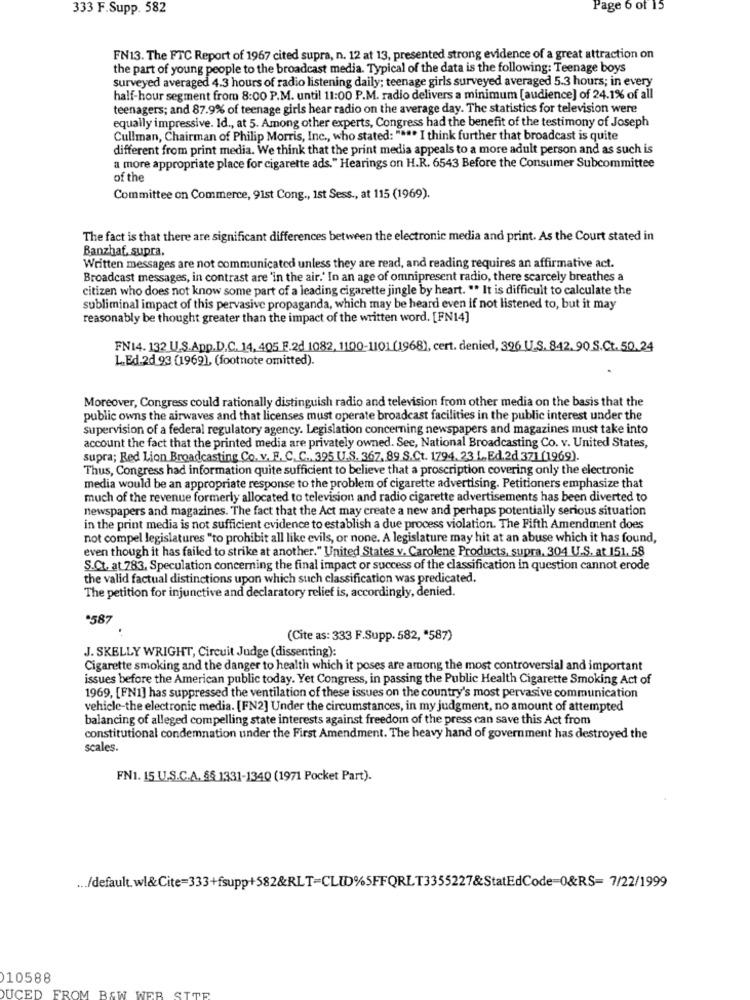
333 F.Supp. 582
Page 6 of 15
FN13. The FTC Report of 1967 cited supra, n. 12 at 13, presented strong evidence of a great attraction on
the part of young people to the broadcast media. Typical of the data is the following: Teenage boys
surveyed averaged 4.3 hours of radio listening daily; teenage girls surveyed averaged 5.3 hours; in every
half-hour segment from 8:00 P.M. until 11:00 P.M. radio delivers a minimum [audience] of 24.1% of all
teenagers; and 87.9% of teenage girls hear radio on the average day. The statistics for television were
equally impressive. Id ., at 5. Among other experts, Congress had the benefit of the testimony of Joseph
Cullman, Chairman of Philip Morris, Inc ., who stated: """. I think further that broadcast is quite
different from print media. We think that the print media appeals to a more adult person and as such is
a more appropriate place for cigarette ads." Hearings on H.R. 6543 Before the Consumer Subcommittee
of the
Committee on Commerce, 91st Cong ., Ist Sess ., at 115 (1969).
The fact is that there are significant differences between the electronic media and print. As the Court stated in
Banzhaf. supra.
Written messages are not communicated unless they are read, and reading requires an affirmative act.
Broadcast messages, in contrast are 'in the air.' In an age of omnipresent radio, there scarcely breathes a
citizen who does not know some part of a leading cigarette jingle by heart. "" It is difficult to calculate the
subliminal impact of this pervasive propaganda, which may be heard even if not listened to, but it may
reasonably be thought greater than the impact of the written word. [FN14]
FN14. 132 U.S.App.D.C. 14, 405 F.2d 1082, 1100-1101 (1968), cert. denied, 396 U.S. 842. 90 S.Ct. 50.24
L.Ed.2d 93 (1969), (footnote omitted).
Moreover, Congress could rationally distinguish radio and television from other media on the basis that the
public owns the airwaves and that licenses must operate broadcast facilities in the public interest under the
supervision of a federal regulatory agency. Legislation concerning newspapers and magazines must take into
account the fact that the printed media are privately owned. See, National Broadcasting Co. v. United States,
supra; Red Lion Broadcasting Co. v. F. C. C .. 395 U.S. 367, 89 S.Ct. 1794. 23 L. Ed.2d 371 (1969).
Thus, Congress had information quite sufficient to believe that a proscription covering only the electronic
media would be an appropriate response to the problem of cigarette advertising. Petitioners emphasize that
much of the revenue formerly allocated to television and radio cigarette advertisements has been diverted to
newspapers and magazines. The fact that the Act may create a new and perhaps potentially serious situation
in the print media is not sufficient evidence to establish a due process violation. The Fifth Amendment does
not compel legislatures "to prohibit all like evils, or none. A legislature may hit at an abuse which it has found,
even though it has failed to strike at another." United States v. Carolene Products, supra, 304 U.S. at 151, 58
S.Ct. at 783, Speculation concerning the final impact or success of the classification in question cannot erode
the valid factual distinctions upon which such classification was predicated.
The petition for injunctive and declaratory relief is, accordingly, denied.
*587
(Cite as: 333 F.Supp. 582, "587)
J. SKELLY WRIGHT, Circuit Judge (dissenting)
Cigarette smoking and the danger to health which it poses are among the most controversial and important
issues before the American public today. Yet Congress, in passing the Public Health Cigarette Smoking Act of
1969, [FN1] has suppressed the ventilation of these issues on the country's most pervasive communication
vehicle-the electronic media. [FN2] Under the circumstances, in my judgment, no amount of attempted
balancing of alleged compelling state interests against freedom of the press can save this Act from
constitutional condemnation under the First Amendment. The heavy hand of government has destroyed the
scales.
FN1. 15 U.S.C.A. §§ 1331-1340 (1971 Pocket Part).
... /default. wl&Cite=333+fsupp+582&RLT=CLID%SFFQRLT3355227&StatEdCode=0&RS= 7/22/1999
10588
UCED FROM BAW WER